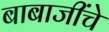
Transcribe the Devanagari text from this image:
बाबाजींचे